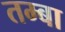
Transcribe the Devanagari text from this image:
तम्बा